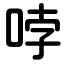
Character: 哱